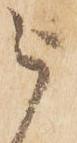
被